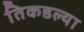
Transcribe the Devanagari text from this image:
तिकडल्या